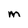
Character: M